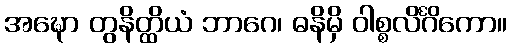
အဍ္ဎော တွနိတ္ထိယံ ဘာဂေ၊ ဓနိမှိ ဝါစ္စလိင်္ဂိကော။